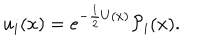
LaTeX: u _ { i } ( x ) = e ^ { - { \frac { 1 } { 2 } } U ( x ) } { \cal P } _ { i } ( x ) .